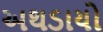
અથડાયો